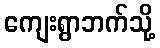
ကျေးရွာဘက်သို့